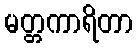
မတ္တကာရိတာ